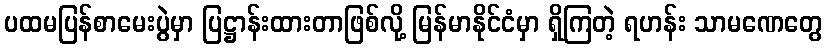
ပထမပြန်စာမေးပွဲမှာ ပြဋ္ဌာန်းထားတာဖြစ်လို့ မြန်မာနိုင်ငံမှာ ရှိကြတဲ့ ရဟန်း သာမဏေတွေ